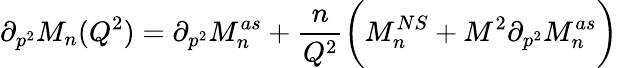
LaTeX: \partial_{p^{2}}M_{n}(Q^{2})=\partial_{p^{2}}M_{n}^{as}+\frac{n}{Q^{2}}\bigg(M_{n}^{NS}+M^{2}\partial_{p^{2}}M_{n}^{as}\bigg)